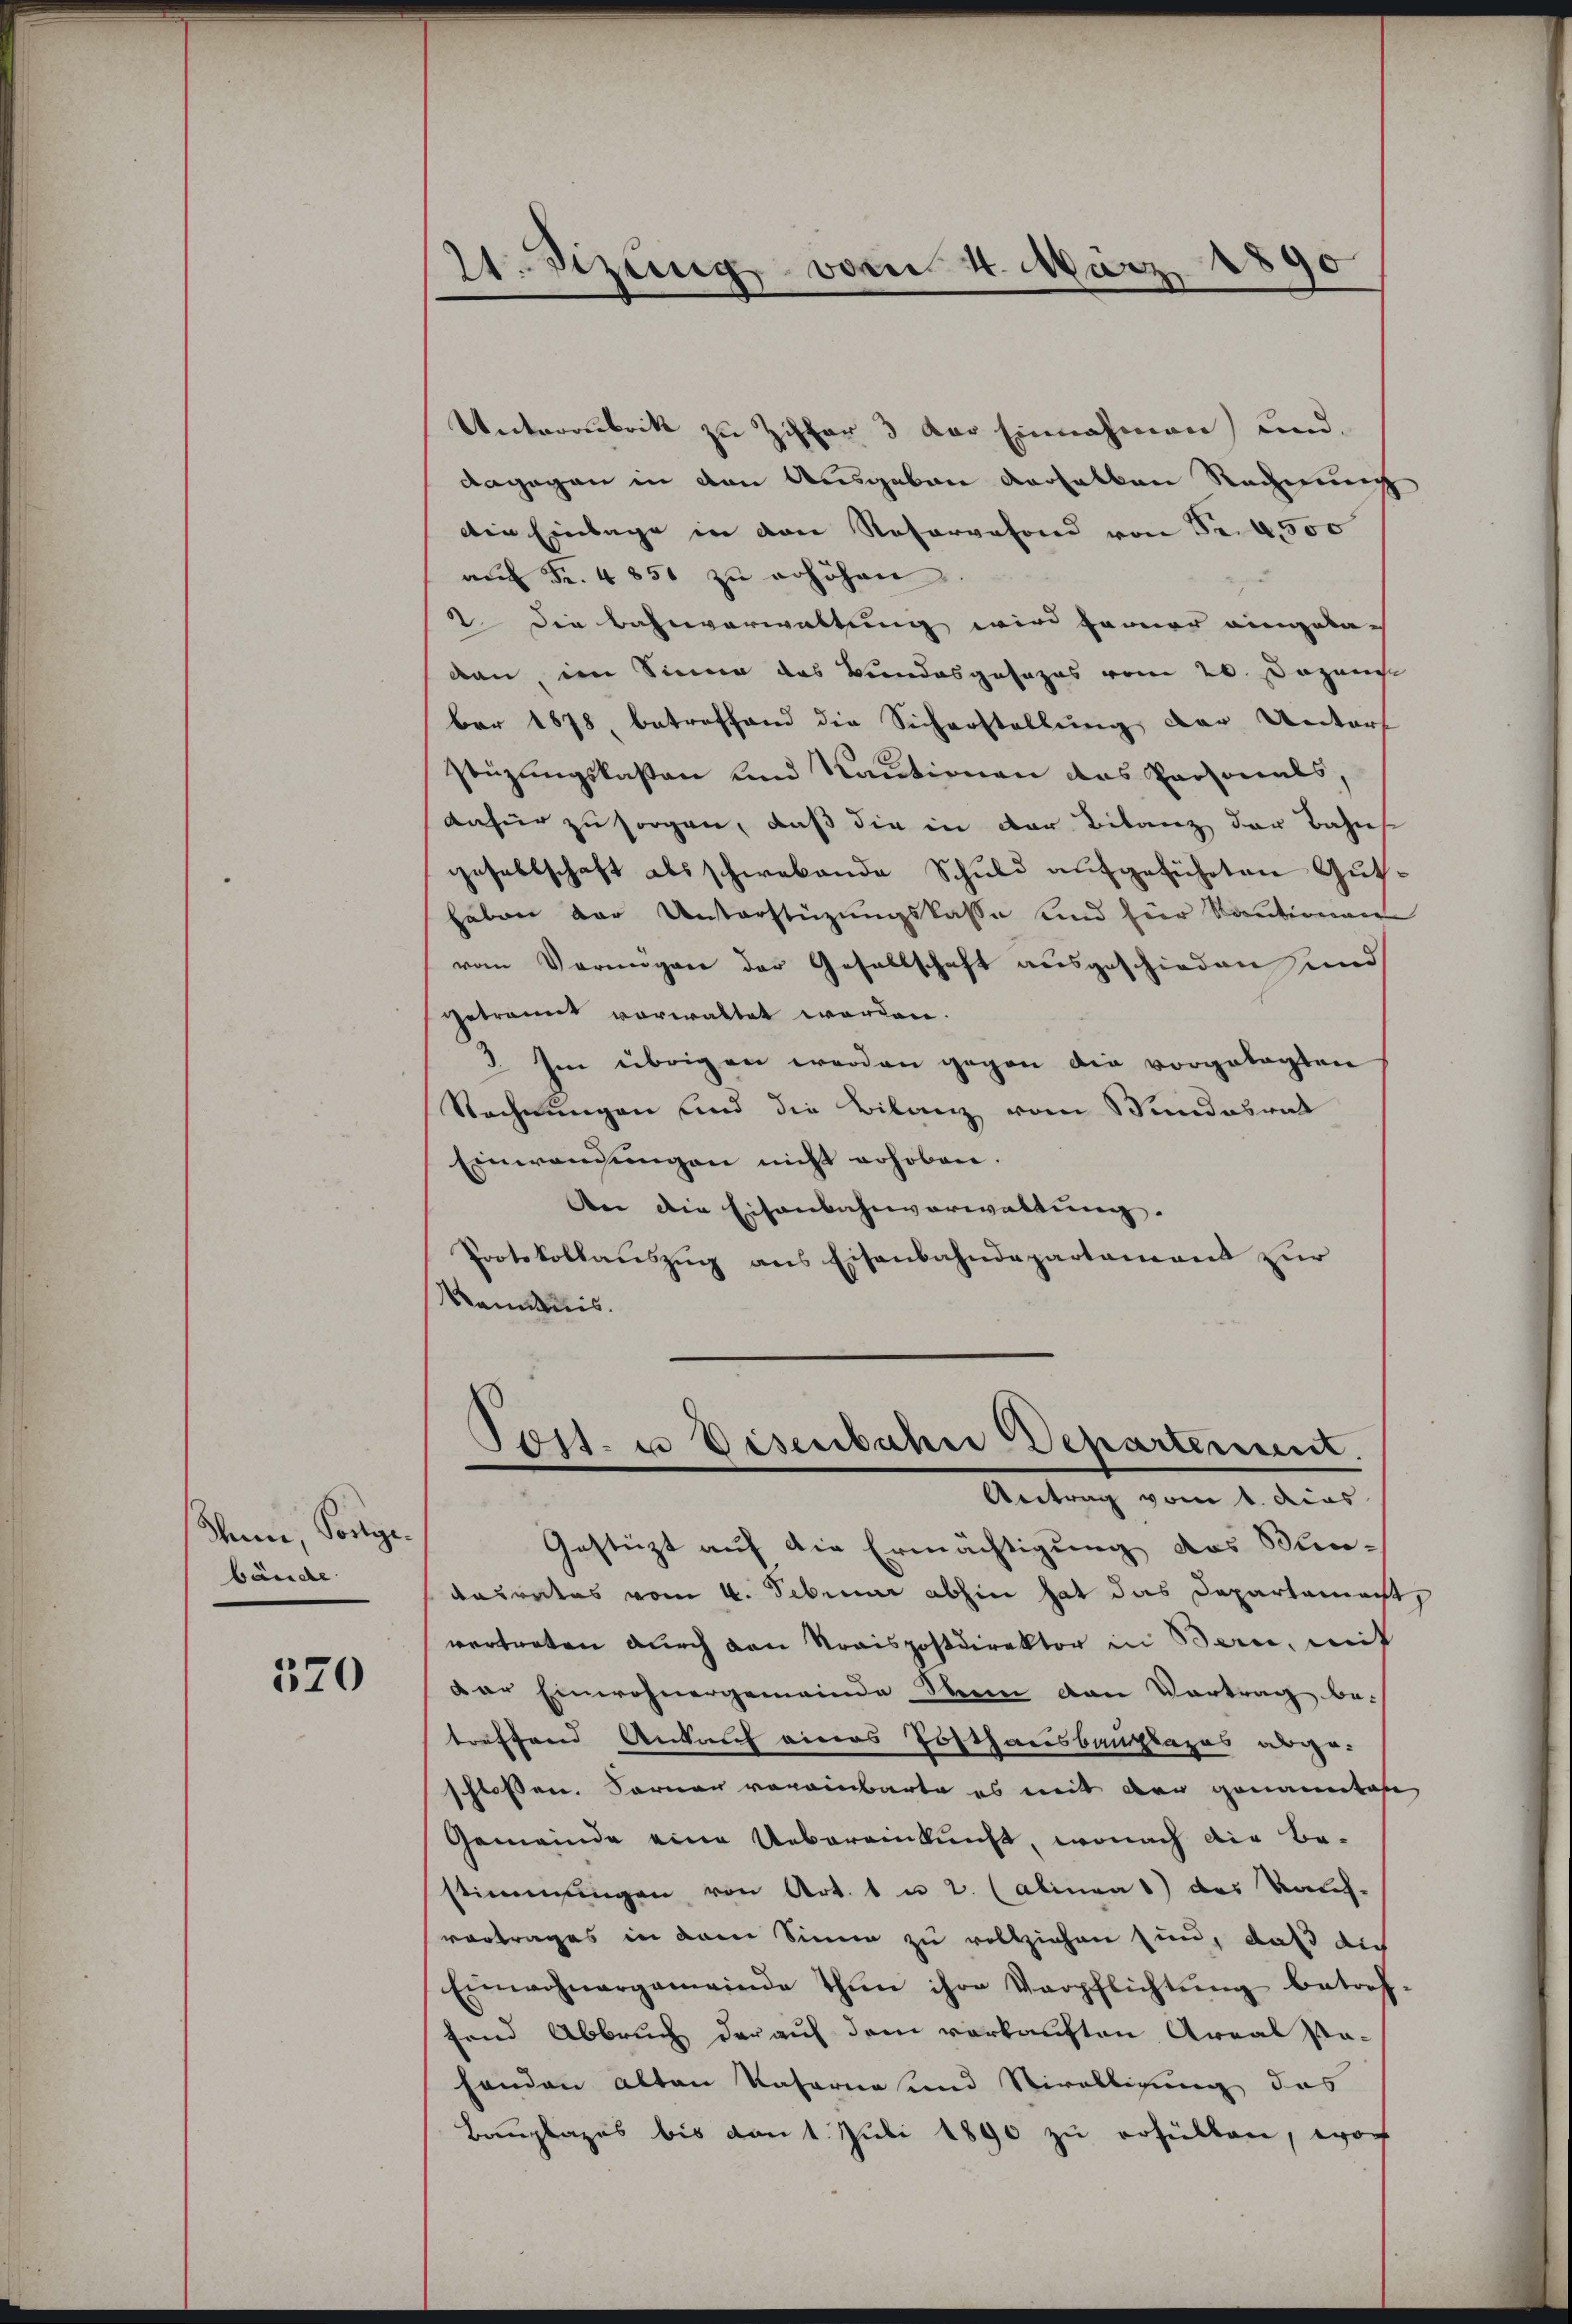
Seine, Fortgebände

320

21. Sizung vom 4. März 1890

Unterrubrikt zu Ziffer 3 der Einnahmen) und
dagegen in den Ausgaben verhalten Rechnung
Die Einlage in den Reservefond von Frk. 500
aŭf Fr. 485 zŭ erhöhen.
2 die Bahnverwaltung wird ferner eingelach
dan im Sinne das Bundesgosazas vom 20. Dozen
ber 1878, betreffend die Sicherstellung der Unterf
stüzungskasten und Kautionen das Personals,
dafür zu sorgen, daß die in der Bilanz der Bahns
gesellschaft als schwebende Schuld aufgeführten Guthaben der Unterstüzungskasse und für Kautionen
vom Vermögen der Gesellschaft ausgeschieden und
getrannt vorwaltet worden.
3. Im übrigen werden gegen die vorgelegten
Rechnungen sind die Bilanz vom Bundesrat
Einwendungen nicht erhoben.
An die Eisenbahnverwaltung.
Protokollauszug aus Eisenbahndepartament zur
anntnis.
Tott. u Disenbahn Departement.
Antrag vom 1. dies
Gestüzt auf die Ermächtigung des Mün-
desrates vom 4. Februar abhin hat das Departamacht,
vertreten durch den Kraispostdirektor in Bern, mit
der Einwohnergemeinde Man den Vortrag be-
treffend Ankauf eines Posthausbaugtages abge-
schlossen. Fornen voreinbarte es mit der genannte
Gemeinde eine Uebereinkunft, wonach die Be-
stimmungen von Art. 1 u 2. (alinea 1) des Kauf-
vortrages in dem Sinne zu vollziehen sin, daß die
Einwohnergemeinde thun ihre Verpflichtŭng betref-
fend Abbruch der auf dem verkauften Areal sa-
handen alten Rafornesund Nivelligung des
Bauplazes bis dan 1. Juli 1890 zu erfüllen, wor